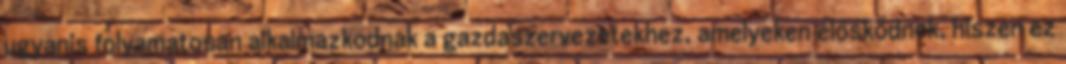
ugyanis folyamatosan alkalmazkodnak a gazdaszervezetekhez, amelyeken élősködnek, hiszen ez